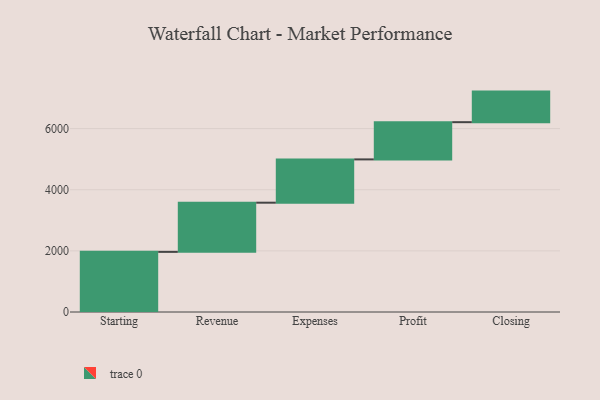
{"axis": {"x": "Step", "y": "Value"}, "legend": [""], "data": [{"x": "Starting", "y": 1967.0, "type": ""}, {"x": "Revenue", "y": 1609.0, "type": ""}, {"x": "Expenses", "y": 1416.0, "type": ""}, {"x": "Profit", "y": 1218.0, "type": ""}, {"x": "Closing", "y": 1000, "type": ""}]}